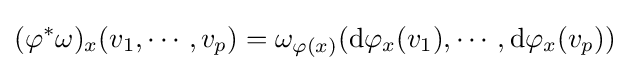
(\varphi ^{*}\omega )_{x}(v_{1},\cdots ,v_{p})=\omega _{\varphi (x)}(\mathrm {d} \varphi _{x}(v_{1}),\cdots ,\mathrm {d} \varphi _{x}(v_{p}))